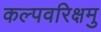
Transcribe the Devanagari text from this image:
कल्पवरिक्षमु